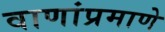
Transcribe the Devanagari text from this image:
वाणांप्रमाणे